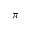
\pi